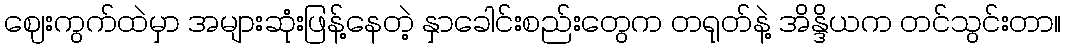
ဈေးကွက်ထဲမှာ အများဆုံးဖြန့်နေတဲ့ နှာခေါင်းစည်းတွေက တရုတ်နဲ့ အိန္ဒိယက တင်သွင်းတာ။